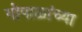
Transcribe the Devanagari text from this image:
गोपाळांच्या